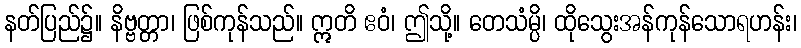
နတ်ပြည်၌။ နိဗ္ဗတ္တာ၊ ဖြစ်ကုန်သည်။ ဣတိ ဧဝံ၊ ဤသို့။ တေသံမ္ပိ၊ ထိုသွေးအန်ကုန်သောရဟန်း၊